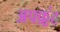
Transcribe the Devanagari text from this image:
अपफ़्रंट